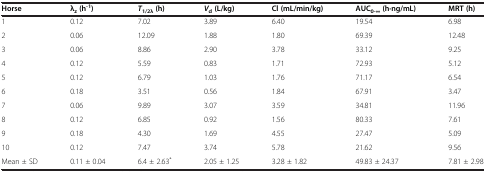
| Horse | λz (h-1) | T1/2λ (h) | Vd (L/kg) | Cl (mL/min/kg) | AUC0-∞ (h·ng/mL) | MRT (h) |
 | --- | --- | --- | --- | --- | --- | --- |
 | 1 | 0.12 | 7.02 | 3.89 | 6.40 | 19.54 | 6.98 |
 | 2 | 0.06 | 12.09 | 1.88 | 1.80 | 69.39 | 12.48 |
 | 3 | 0.06 | 8.86 | 2.90 | 3.78 | 33.12 | 9.25 |
 | 4 | 0.12 | 5.59 | 0.83 | 1.71 | 72.93 | 5.12 |
 | 5 | 0.12 | 6.79 | 1.03 | 1.76 | 71.17 | 6.54 |
 | 6 | 0.18 | 3.51 | 0.56 | 1.84 | 67.91 | 3.47 |
 | 7 | 0.06 | 9.89 | 3.07 | 3.59 | 34.81 | 11.96 |
 | 8 | 0.12 | 6.85 | 0.92 | 1.56 | 80.33 | 7.61 |
 | 9 | 0.18 | 4.30 | 1.69 | 4.55 | 27.47 | 5.09 |
 | 10 | 0.12 | 7.47 | 3.74 | 5.78 | 21.62 | 9.56 |
 | Mean ± SD | 0.11 ± 0.04 | 6.4 ± 2.63* | 2.05 ± 1.25 | 3.28 ± 1.82 | 49.83 ± 24.37 | 7.81 ± 2.98 |